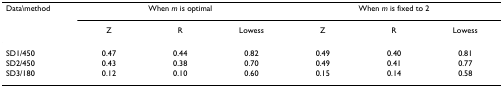
<table><thead><tr><td><b>Data\method</b></td><td colspan="3"><b>When <i>m </i>is optimal</b></td><td colspan="3"><b>When <i>m </i>is fixed to 2</b></td></tr><tr><td></td><td><b>Z</b></td><td><b>R</b></td><td><b>Lowess</b></td><td><b>Z</b></td><td><b>R</b></td><td><b>Lowess</b></td></tr></thead><tbody><tr><td>SD1/450</td><td>0.47</td><td>0.44</td><td>0.82</td><td>0.49</td><td>0.40</td><td>0.81</td></tr><tr><td>SD2/450</td><td>0.43</td><td>0.38</td><td>0.70</td><td>0.49</td><td>0.41</td><td>0.77</td></tr><tr><td>SD3/180</td><td>0.12</td><td>0.10</td><td>0.60</td><td>0.15</td><td>0.14</td><td>0.58</td></tr></tbody></table>